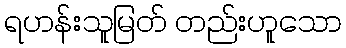
ရဟန်းသူမြတ် တည်းဟူသော